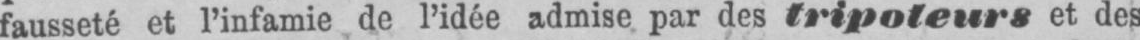
fausseté et l’infamie de l’idée admise par des tripoteurs et des